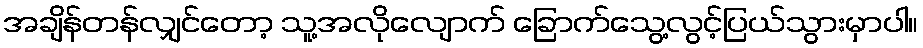
အချိန်တန်လျှင်တော့ သူ့အလိုလျောက် ခြောက်သွေ့လွင့်ပြယ်သွားမှာပါ။